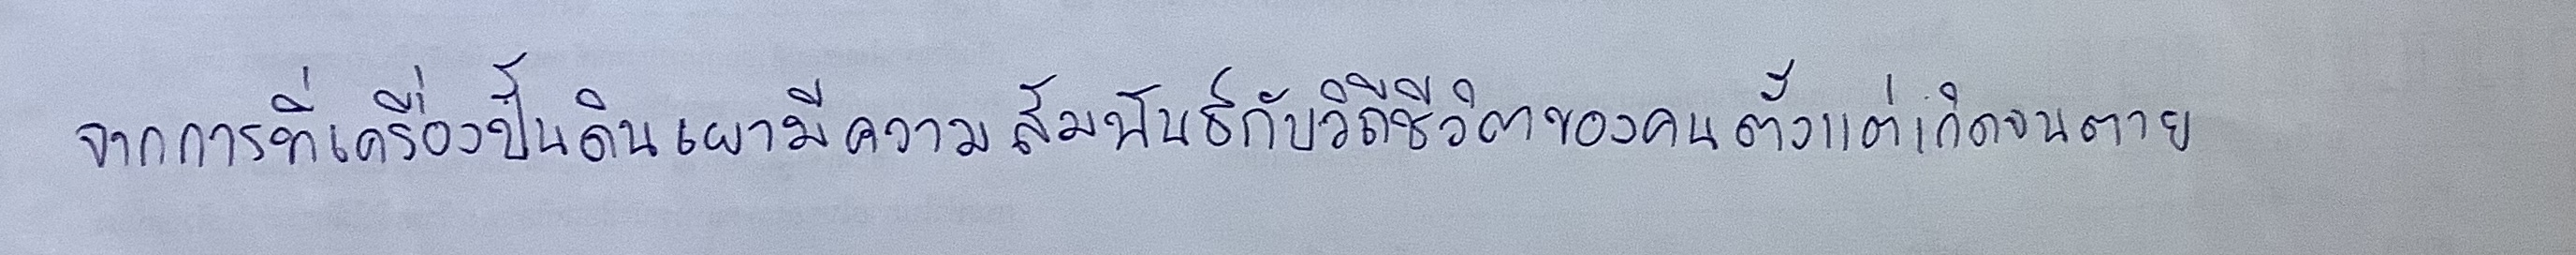
จากการที่เครื่องปั้นดินเผามีความสัมพันธ์กับวิถีชีวิตของคนตั้งแต่เกิดจนตาย